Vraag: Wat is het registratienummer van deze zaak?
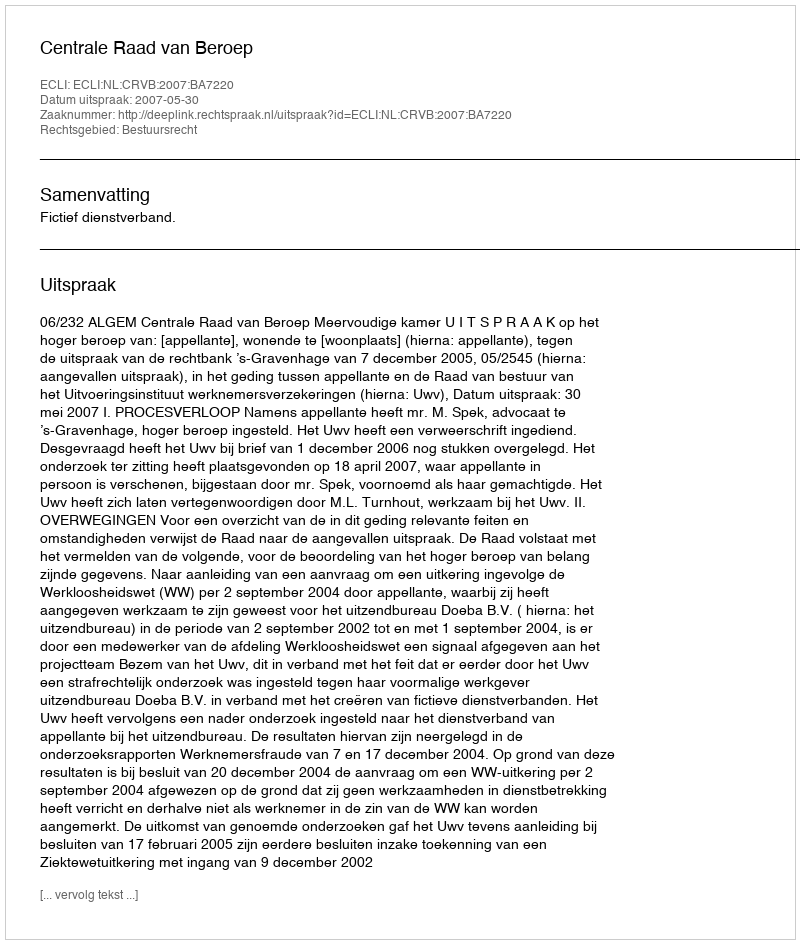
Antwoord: http://deeplink.rechtspraak.nl/uitspraak?id=ECLI:NL:CRVB:2007:BA7220